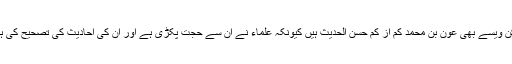
لیکن ویسے بھی عون بن محمد کم از کم حسن الحدیث ہیں کیونکہ علماء نے ان سے حجت پکڑی ہے اور ان کی احادیث کی تصحیح کی ہے۔